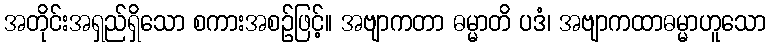
အတိုင်းအရှည်ရှိသော စကားအစဉ်ဖြင့်။ အဗျာကတာ ဓမ္မာတိ ပဒံ၊ အဗျာကထာဓမ္မာဟူသော